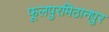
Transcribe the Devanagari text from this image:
फूलपुरमिठानपुर